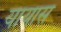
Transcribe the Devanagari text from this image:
यायास